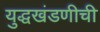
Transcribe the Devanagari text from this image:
युद्धखंडणीची